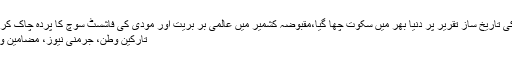
اقوام متحدہ کی جنرل اسمبلی میں عمران خان کی تاریخ ساز تقریر پر دنیا بھر میں سکوت چھا گیا،مقبوضہ کشمیر میں عالمی بر بریت اور مودی کی فاشسٹ سوچ کا پردہ چاک کرنے کے ساتھ ساتھ ترقی پذیر اور غریب […]
تارکین وطن، جرمنی نیوز، مضامین و کالم، پاکستان نیوز Comments Off on ۔